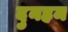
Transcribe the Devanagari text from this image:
दुनहम